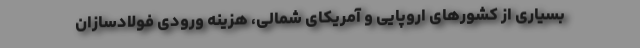
بسیاری از کشورهای اروپایی و آمریکای شمالی، هزینه ورودی فولادسازان